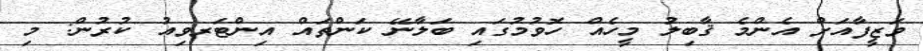
ވަޒީފާއަށް އެންމެ ޤާބިލު މީހެއް ހޮވުމުގައި ބަލާނޭ ކަންތައް އިންޓަރވިއު ކުރުން: މި